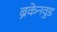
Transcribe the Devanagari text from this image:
ब्रैकेनवुड